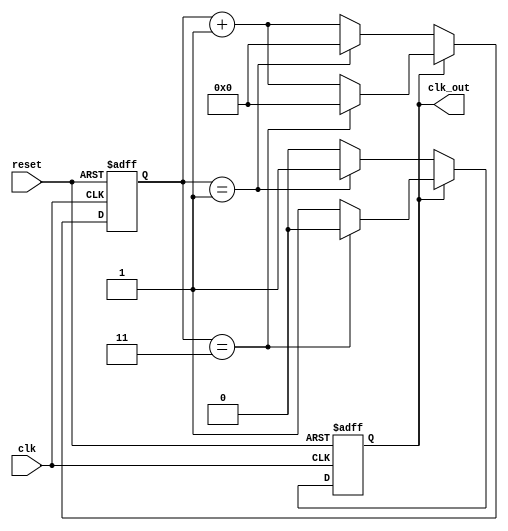
module clk_regfile(clk, reset, clk_out);
input clk;
input reset;
output clk_out;
reg [3:0] count;
reg  pos_or_neg;

parameter rise = 4;
parameter fall = 2;
 
always @(posedge clk, posedge reset) begin
    if(reset) begin
 
		  count<= 0;
        pos_or_neg <=0;
 
		end 
	else  if ( (pos_or_neg ==1) )
	begin
	if ((count == rise-1) )
		begin 
		count <=0;
		pos_or_neg <=0;  	  
		end
	else 
	count <= count+1;
	end
	else  if ( (pos_or_neg ==0) )
	begin
	if ((count == fall-1) )
		begin 
		count <=0;
		pos_or_neg <=1;  	  
		end
	else 
	count <= count+1;
	end
end	
 
assign clk_out = pos_or_neg;
 
endmodule